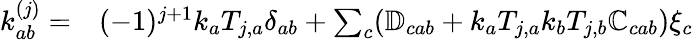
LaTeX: \begin{array}{rl}{\mathcal{k}_{ab}^{(j)}=}&{{}(-1)^{j+1}k_{a}T_{j,a}\delta_{ab}+\sum_{c}(\mathbb{D}_{cab}+k_{a}T_{j,a}k_{b}T_{j,b}\mathbb{C}_{cab})\xi_{c}}\end{array}